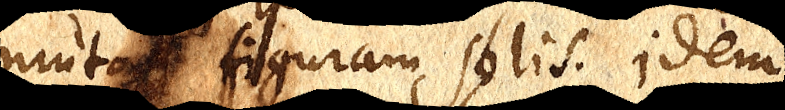
mutat figuram solis. Idem